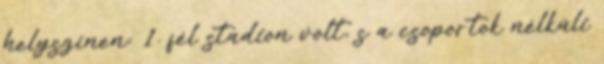
helyszínen: 1. fél stadion volt, s a csoportok nélküli